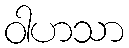
ဝါဟသာ